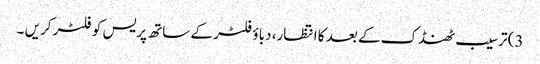
3) ترسیب ٹھنڈک کے بعد کا انتظار، دباؤ فلٹر کے ساتھ پریس کو فلٹر کریں ۔